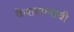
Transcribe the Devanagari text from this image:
केशवपनाची